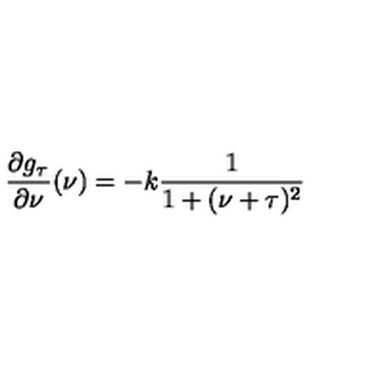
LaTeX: { \frac { \partial g _ { \tau } } { \partial \nu } } ( \nu ) = - k { \frac { 1 } { 1 + ( \nu + \tau ) \sp 2 } }